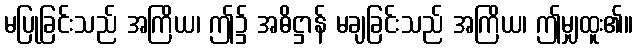
မပြုခြင်းသည် အကြိယ၊ ဤ၌ အဓိဋ္ဌာန် မချခြင်းသည် အကြိယ၊ ဤမျှထူး၏။